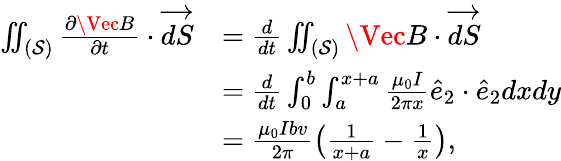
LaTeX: \begin{array}{rl}{\iint_{(\mathcal{S})}\frac{\partial\Vec{B}}{\partial t}\cdot\overrightarrow{dS}}&{=\frac{d}{dt}\iint_{(\mathcal{S})}\Vec{B}\cdot\overrightarrow{dS}}\\ &{=\frac{d}{dt}\int_{0}^{b}\int_{a}^{x+a}\frac{\mu_{0}I}{2\pi x}\hat{e}_{2}\cdot\hat{e}_{2}dxdy}\\ &{=\frac{\mu_{0}Ibv}{2\pi}\left(\frac{1}{x+a}-\frac{1}{x}\right),}\end{array}